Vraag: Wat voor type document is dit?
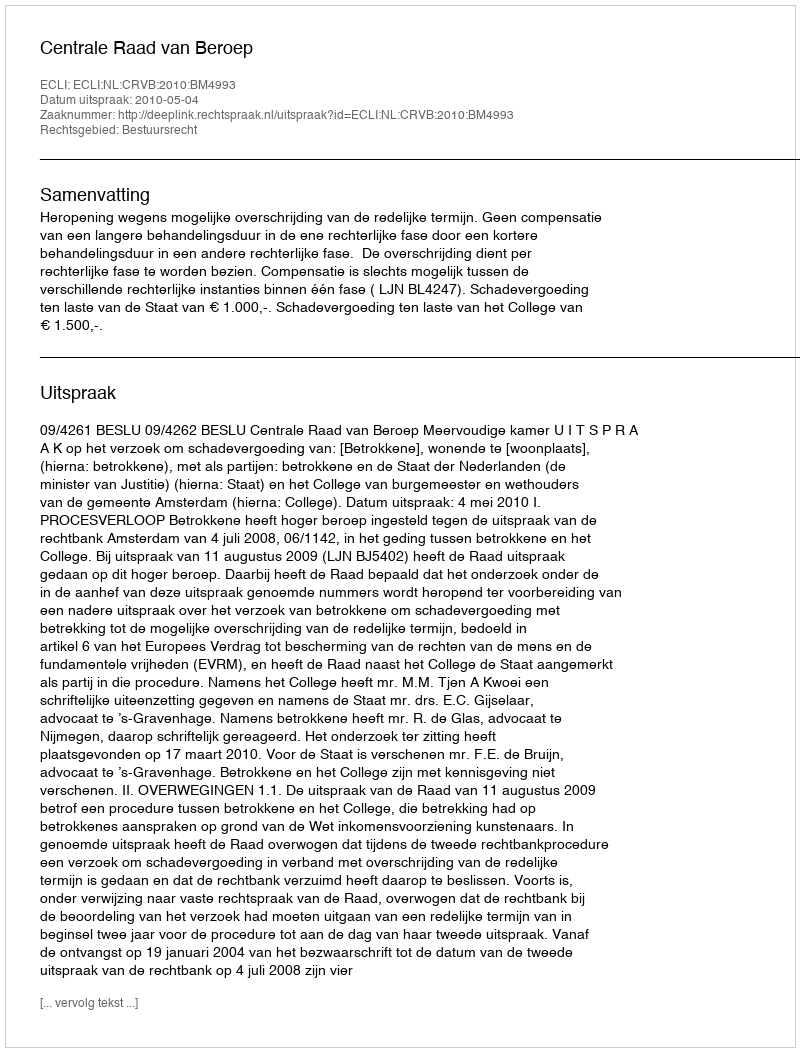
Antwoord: Uitspraak